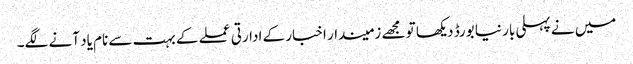
میں نے پہلی بار نیا بورڈ دیکھا تو مجھے زمیندار اخبار کے ادارتی عملے کے بہت سے نام یاد آنے لگے۔